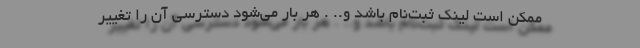
ممکن است لینک ثبت‌نام باشد و.. . هر بار می‌شود دسترسی آن را تغییر